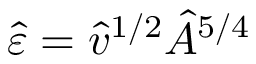
\hat { \varepsilon } = \hat { v } ^ { 1 / 2 } \hat { A } ^ { 5 / 4 }